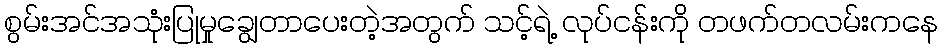
စွမ်းအင်အသုံးပြုမှုချွေတာပေးတဲ့အတွက် သင့်ရဲ့ လုပ်ငန်းကို တဖက်တလမ်းကနေ